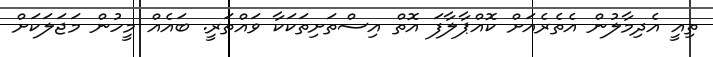
ތިއީ އެދިމާލުން އެތެރެއަށް ކޮއްޕާލާފަ އޮތް އިސްތަށިތަކަކާ ވައްތަރީ. ބައެއް މީހުން މަޖަލަކަށް